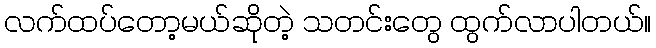
လက်ထပ်တော့မယ်ဆိုတဲ့ သတင်းတွေ ထွက်လာပါတယ်။